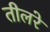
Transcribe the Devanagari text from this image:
तीलरे